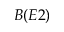
B ( E 2 )